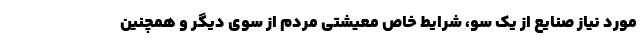
مورد نیاز صنایع از یک سو، شرایط خاص معیشتی مردم از سوی دیگر و همچنين